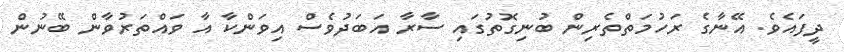
ދީފައެވެ. އޭނާގެ ރަހުމަތްތެރިން ބުނިގޮތުގައި ސާރާ އަބަދުވެސް އިވަންކާ އާ ވައްތަރުވާން ބޭނުން